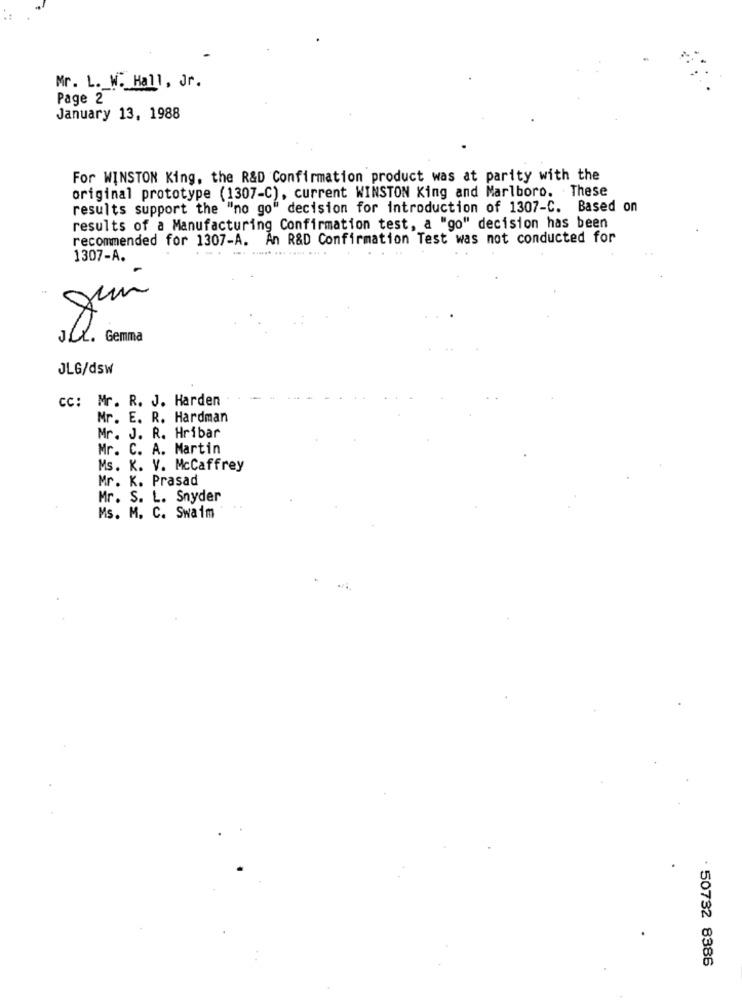
Mr. L. W. Hall, Jr.
Page 2
January 13, 1988
For WINSTON King, the R&D Confirmation product was at parity with the
original prototype (1307-C), current WINSTON King and Marlboro. These
results support the "no go" decision for introduction of 1307-C. Based on
results of a Manufacturing Confirmation test, a "go" decision has been
recommended for 1307-A. An R&D Confirmation Test was not conducted for
1307-A.
-
juin
Gemma
JLG/dsw
CC: Mr. R. J. Harden
Mr. E. R. Hardman
Mr. J. R. Hribar
Mr. C. A. Martin
Ms. K. V. McCaffrey
Mr. K. Prasad
Mr. S. L. Snyder
Ms. M. C. Swaim
· 50732 8386